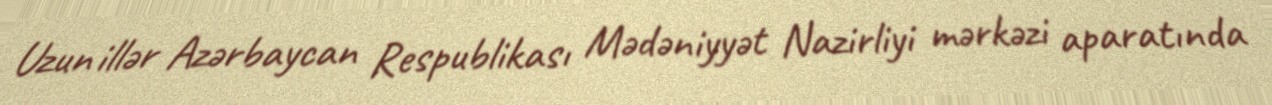
Uzun illər Azərbaycan Respublikası Mədəniyyət Nazirliyi mərkəzi aparatında